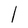
Character: l